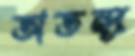
অতন্দ্র